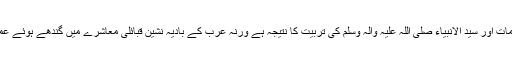
14 سو سال پہلے کہا جانے والا یہ قول یقینا اسلام کی تعلیمات اور سید الانبیاء صلی اللہ علیہ وآلہ وسلم کی تربیت کا نتیجہ ہے ورنہ عرب کے بادیہ نشین قبائلی معاشرے میں گندھے ہوئے عمرؓ ابن خطاب کو انسانی معراج کی بلندیوں کا کہاں علم تھا۔